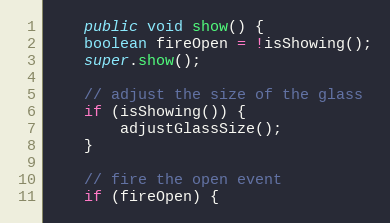
Language: Java
    public void show() {
	boolean fireOpen = !isShowing();
	super.show();

	// adjust the size of the glass
	if (isShowing()) {
	    adjustGlassSize();
	}

	// fire the open event
	if (fireOpen) {